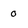
Character: 0